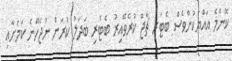
ކޮންމެ އައްޔަކުންވެސް ބެޓަރި ޗާޖް ކުރެވޭއިރު ބެޓެރި ބަދަލު ކުރަން ނުޖެހޭނެ ކަމަށާއި